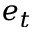
e _ { t }